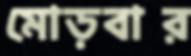
মোড়বার